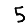
Digit: 5